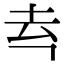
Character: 𪢳